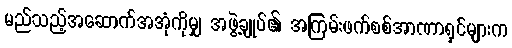
မည်သည့်အဆောက်အအုံကိုမျှ အဖွဲ့ချုပ်၏ အကြမ်းဖက်စစ်အာဏာရှင်များက